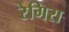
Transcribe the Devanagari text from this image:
रेगिरा